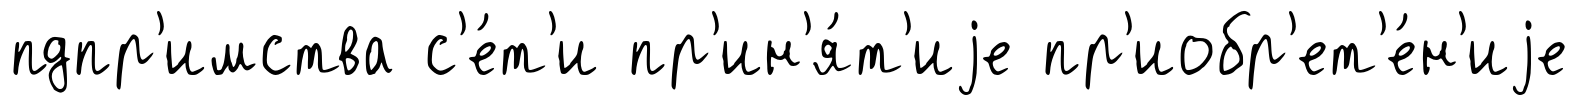
пдпр'имства с'е́т'и пр'ин'я́т'иjе пр'иобр'ет'е́н'иjе